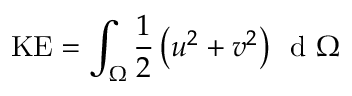
\mathrm { K E } = \int _ { \Omega } \frac { 1 } { 2 } \left( u ^ { 2 } + v ^ { 2 } \right) \, \mathrm { ~ d ~ } \Omega